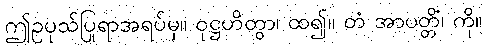
ဤဥပုသ်ပြုရာအရပ်မှ။ ဝုဋ္ဌဟိတွာ၊ ထ၍။ တံ အာပတ္တိံ၊ ကို။